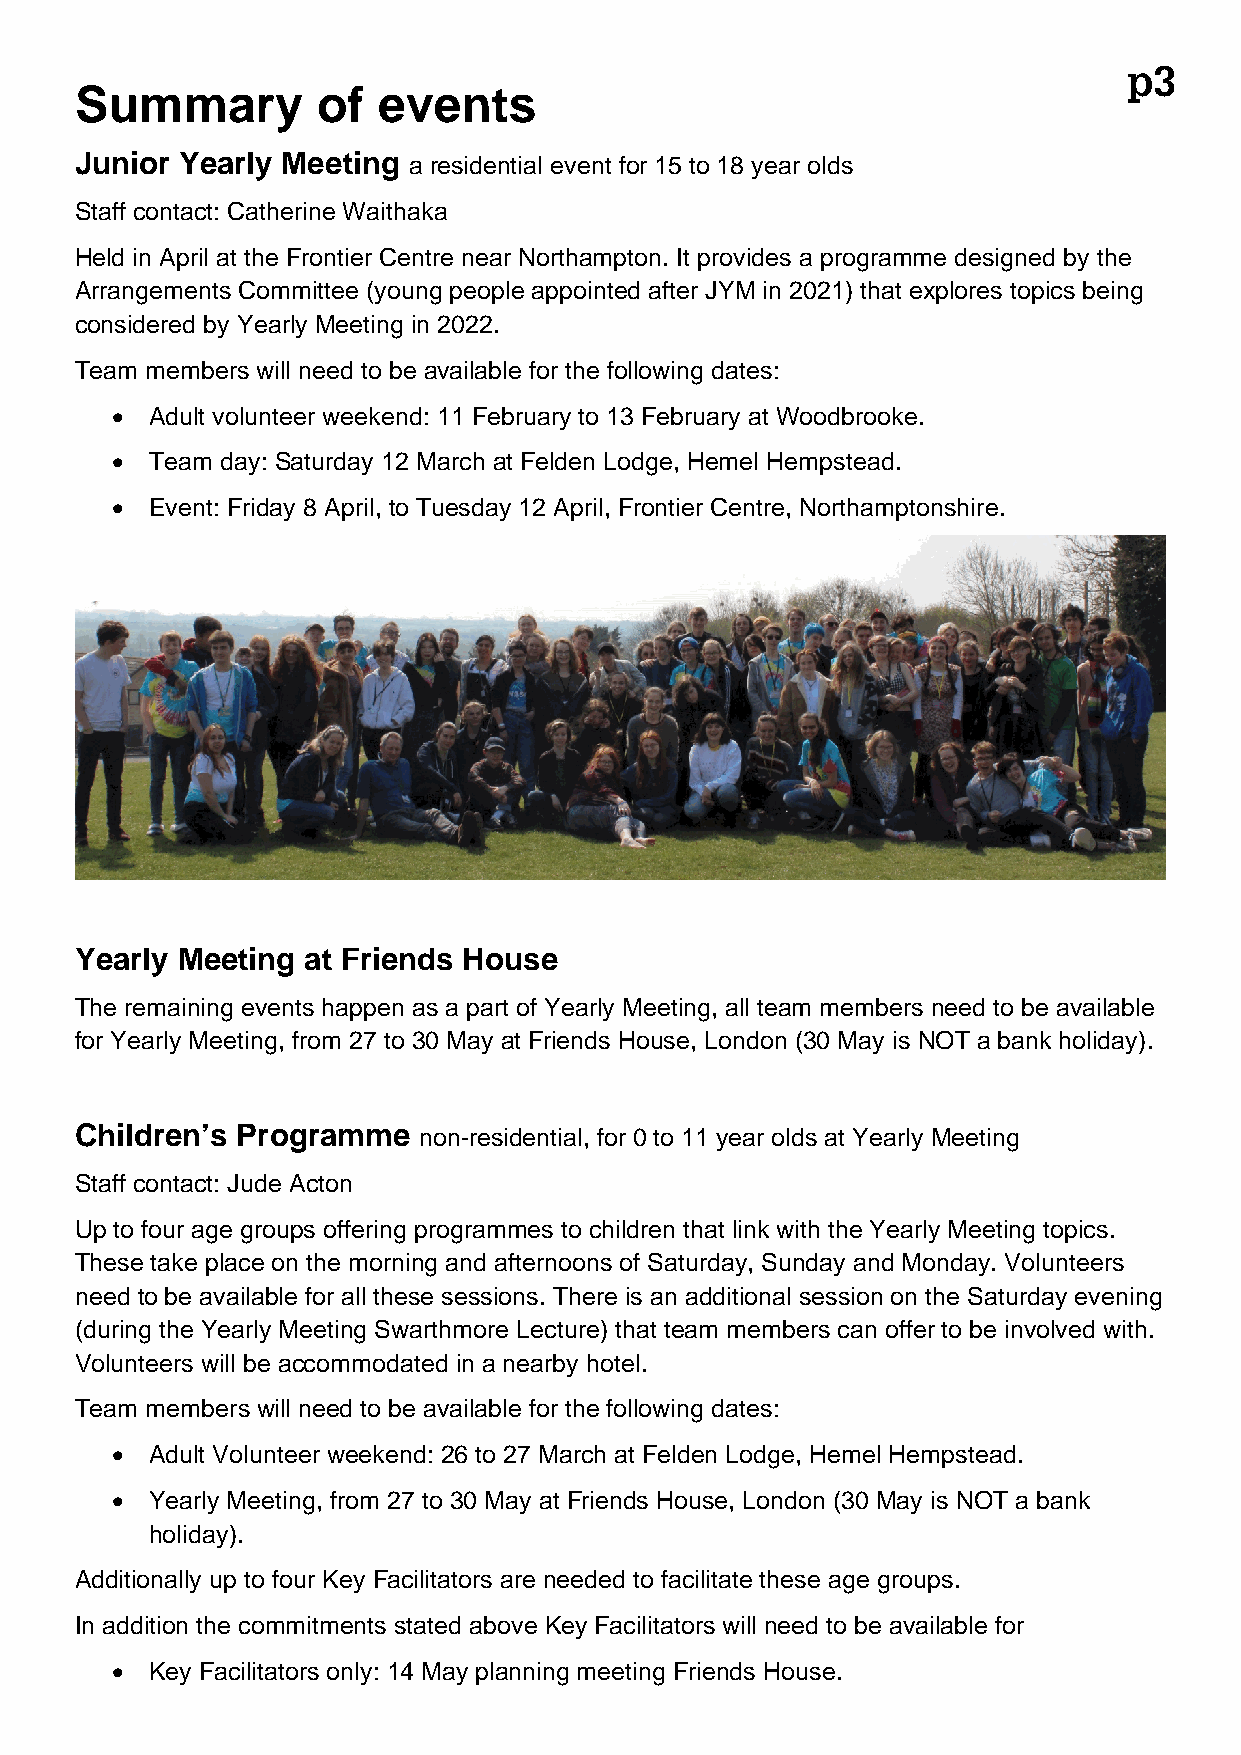
p3
 Summary         of  events
 Junior Yearly Meeting a residential event for 15 to 18 year olds
 Staff contact: Catherine Waithaka
 Held in April at the Frontier Centre near Northampton. It provides a programme designed by the
 Arrangements Committee (young people appointed after JYM in 2021) that explores topics being
 considered by Yearly Meeting in 2022.
 Team members will need to be available for the following dates:
 •  Adult volunteer weekend: 11 February to 13 February at Woodbrooke.
 •  Team day: Saturday 12 March at Felden Lodge, Hemel Hempstead.
 •  Event: Friday 8 April, to Tuesday 12 April, Frontier Centre, Northamptonshire.
 Yearly Meeting at Friends House
 The remaining events happen as a part of Yearly Meeting, all team members need to be available
 for Yearly Meeting, from 27 to 30 May at Friends House, London (30 May is NOT a bank holiday).
 Children’s Programme   non-residential, for 0 to 11 year olds at Yearly Meeting
 Staff contact: Jude Acton
 Up to four age groups offering programmes to children that link with the Yearly Meeting topics.
 These take place on the morning and afternoons of Saturday, Sunday and Monday. Volunteers
 need to be available for all these sessions. There is an additional session on the Saturday evening
 (during the Yearly Meeting Swarthmore Lecture) that team members can offer to be involved with.
 Volunteers will be accommodated in a nearby hotel.
 Team members will need to be available for the following dates:
 •  Adult Volunteer weekend: 26 to 27 March at Felden Lodge, Hemel Hempstead.
 •  Yearly Meeting, from 27 to 30 May at Friends House, London (30 May is NOT a bank
 holiday).
 Additionally up to four Key Facilitators are needed to facilitate these age groups.
 In addition the commitments stated above Key Facilitators will need to be available for
 •  Key Facilitators only: 14 May planning meeting Friends House.